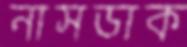
নাসডাক